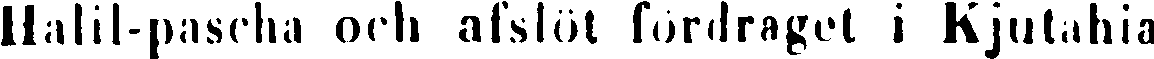
Halil-pascha och afslöt fördraget i Kjutahia